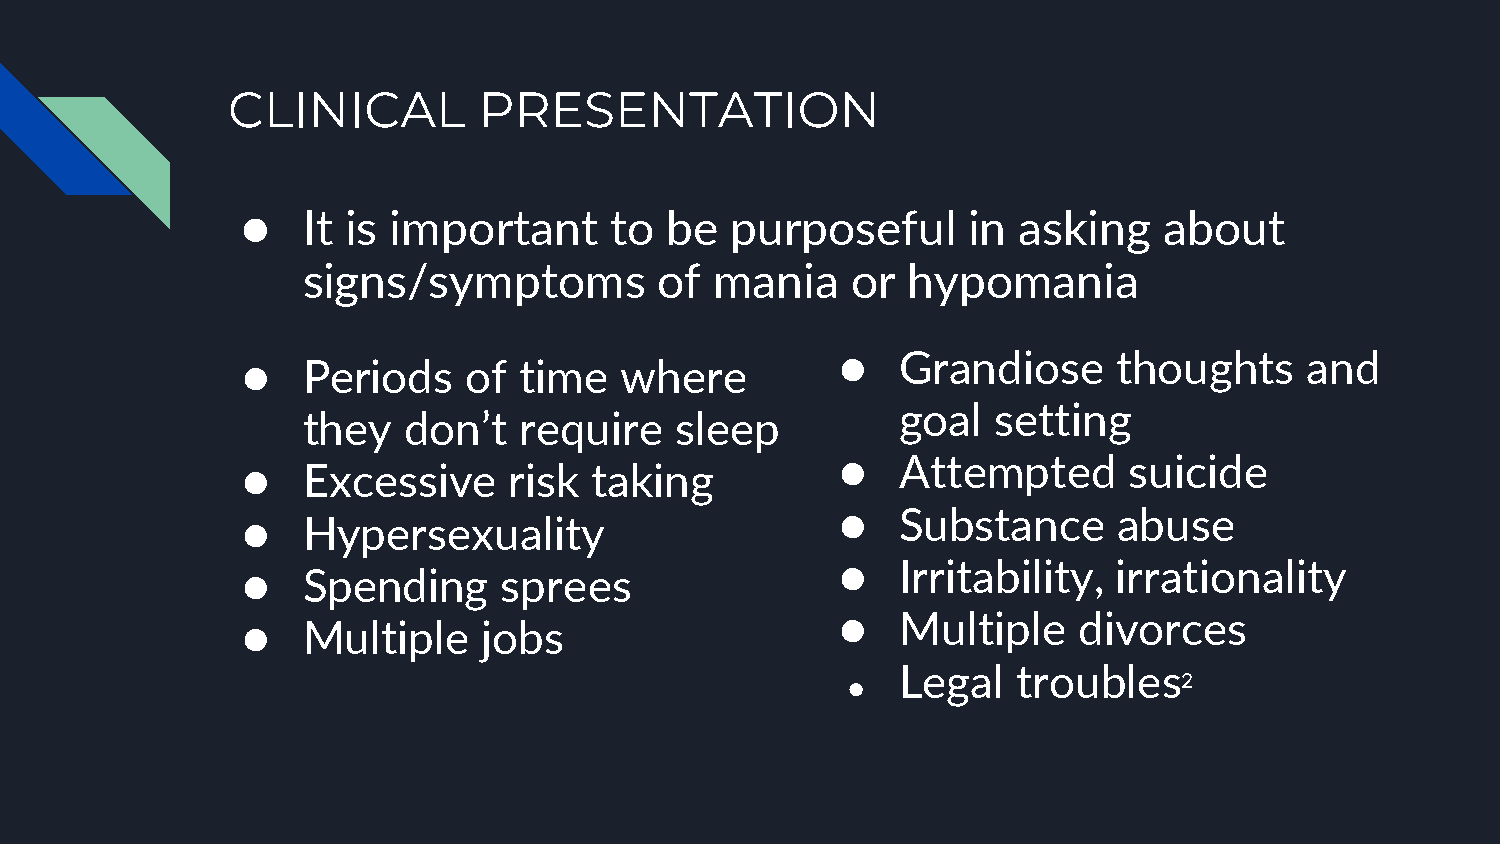
CLINICAL         PRESENTATION
 ●   It is important     to  be  purposeful      in asking    about
 signs/symptoms          of mania    or  hypomania
 ●   Grandiose     thoughts     and
 ●   Periods    of time   where
 goal  setting
 they   don’t  require    sleep
 ●   Attempted      suicide
 ●   Excessive     risk taking
 ●   Substance     abuse
 ●   Hypersexuality
 ●   Irritability, irrationality
 ●   Spending     sprees
 ●   Multiple   divorces
 ●   Multiple    jobs
 Legal  troubles
 ●                     2